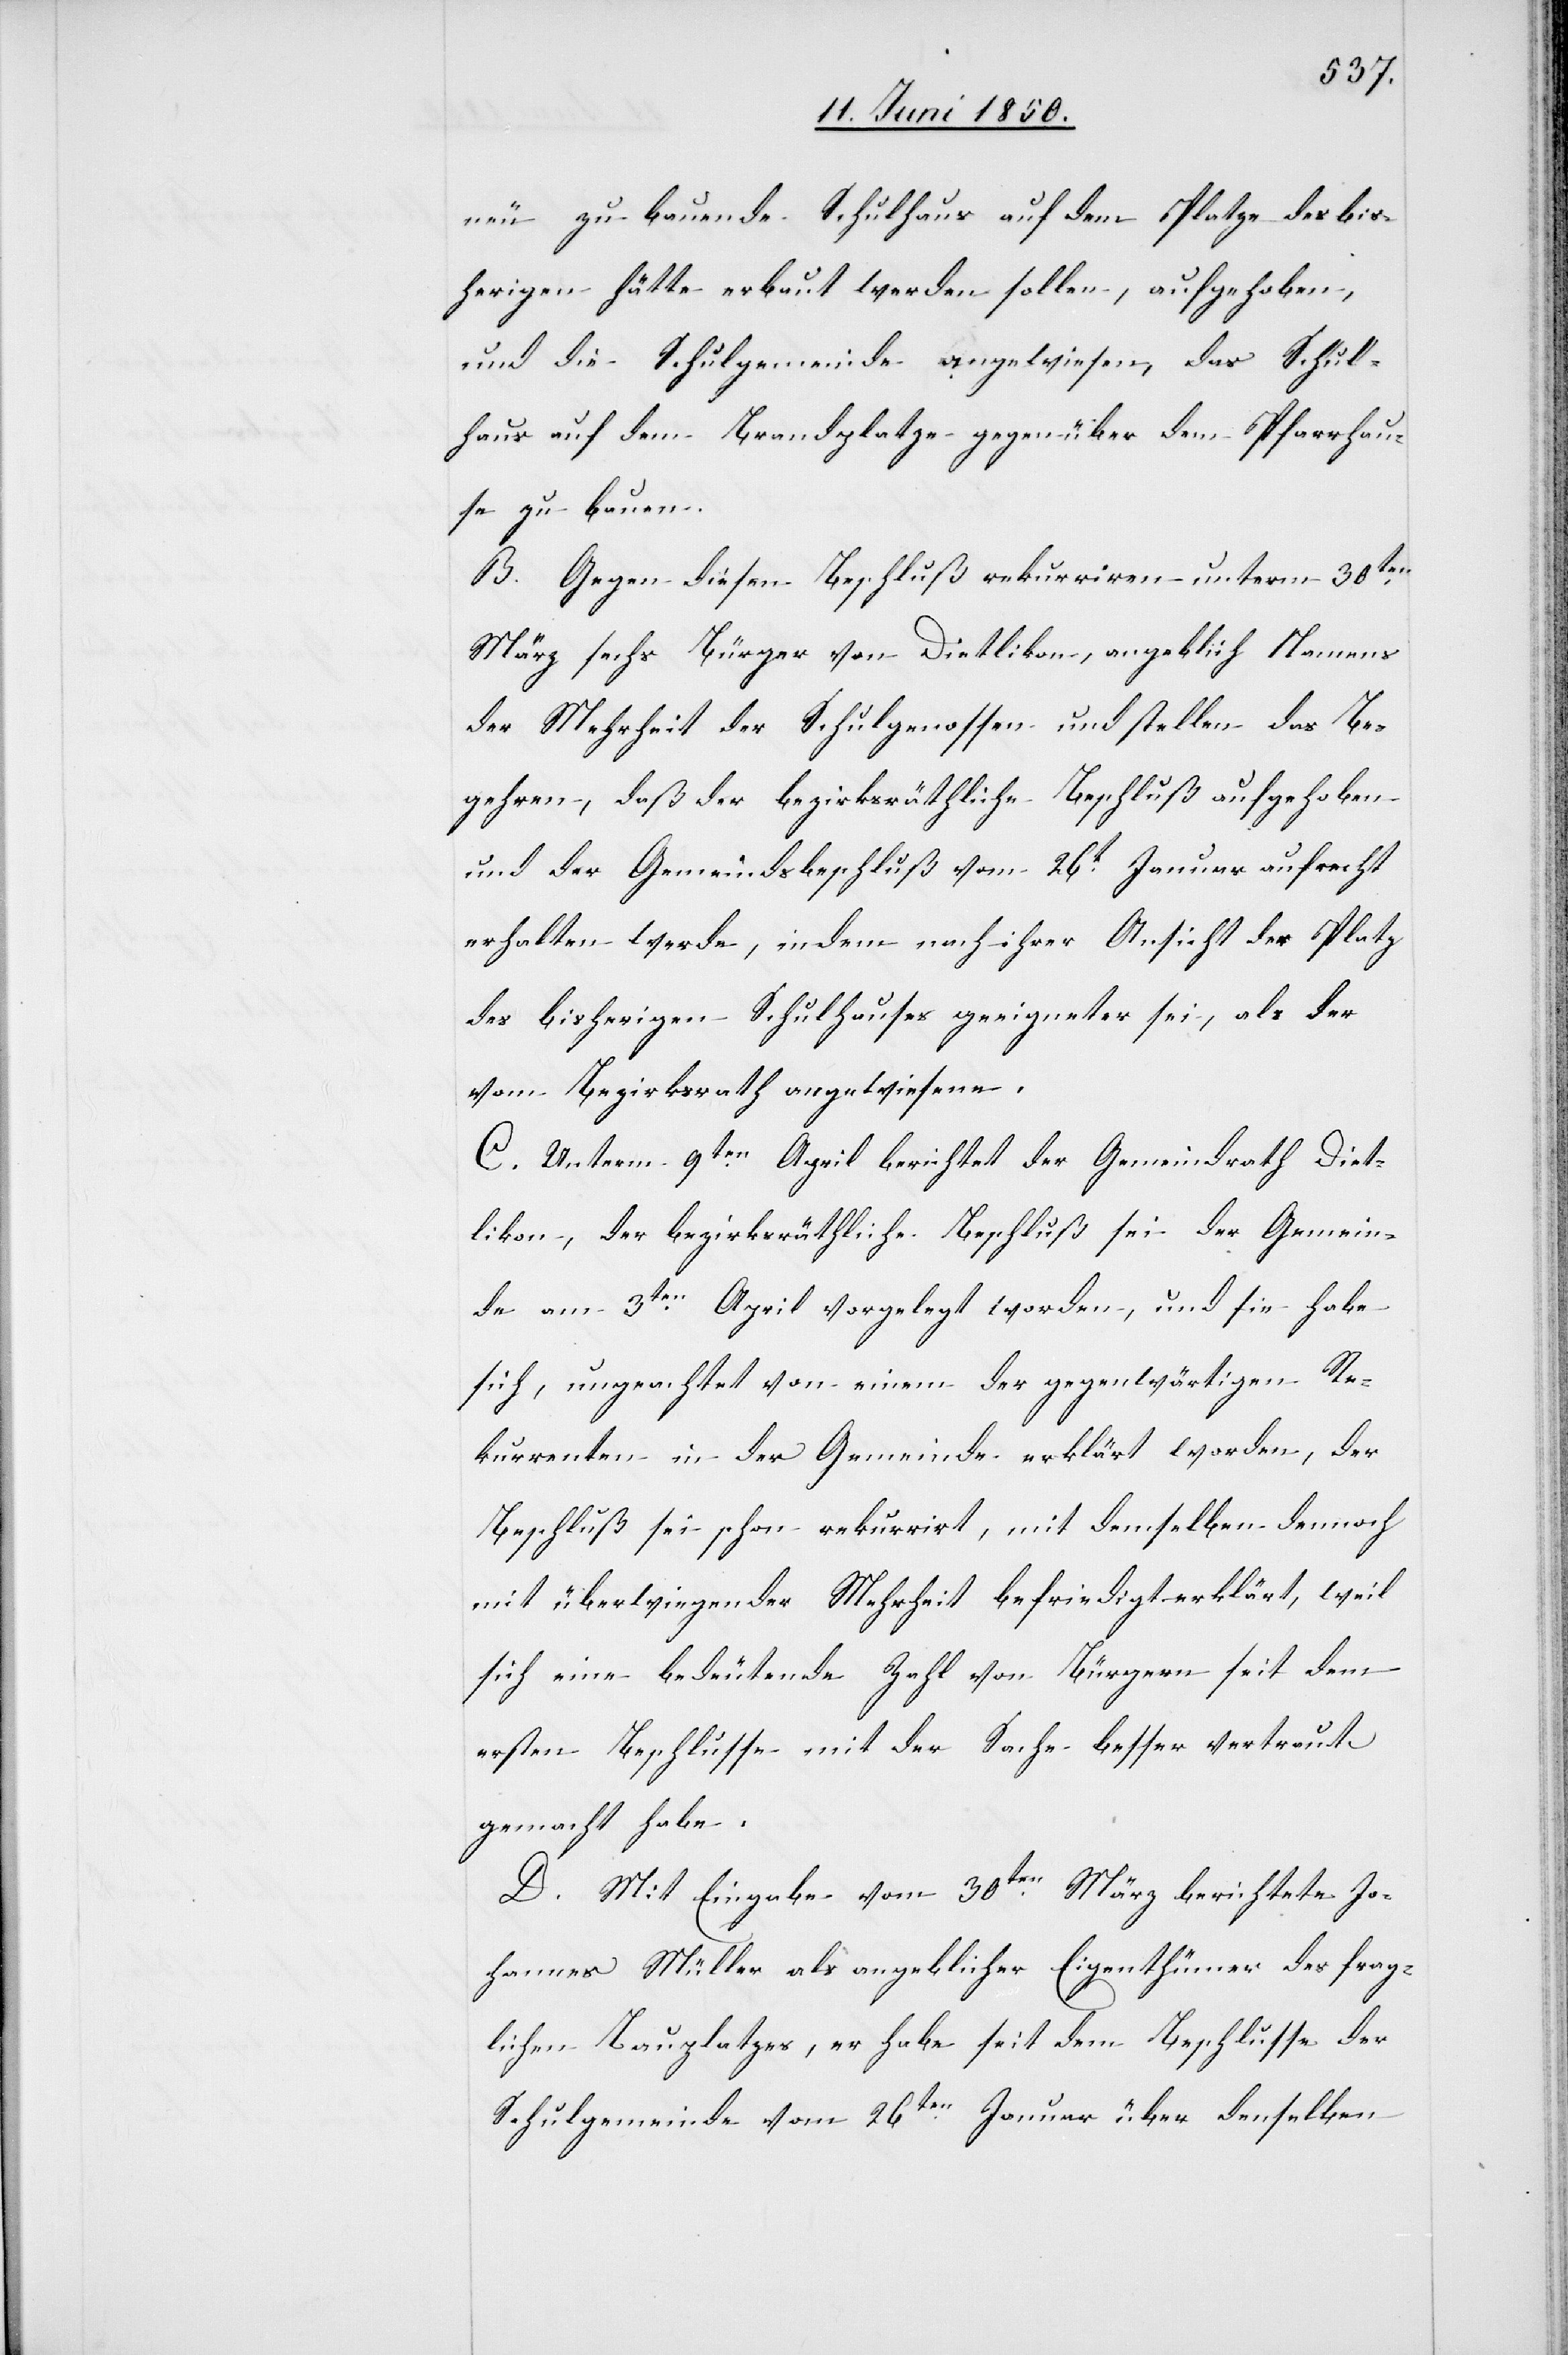
neu zu bauende Schulhaus auf dem Platze des bis¬
herigen hätte erbaut werden sollen, aufgehoben,
und die Schulgemeinde angewiesen, das Schul¬
haus auf dem Brandplatze gegenüber dem Pfarrhau¬
se zu bauen.
B. Gegen diesen Beschluß rekurriren unterm 30ten
März sechs Bürger von Dietlikon, angeblich Namens
der Mehrheit der Schulgenossen und stellen das Be¬
gehren, daß der bezirksräthliche Beschluß aufgehoben
und der Gemeindsbeschluß vom 26t Januar aufrecht
erhalten werde, indem nach ihrer Ansicht der Platz
des bisherigen Schulhauses geeigneter sei, als der
vom Bezirksrath angewiesene.
C. Unterm 9ten April berichtet der Gemeindrath Diet¬
likon, der bezirksräthliche Beschluß sei der Gemein¬
de am 3ten April vorgelegt worden, und sie habe
sich, ungeachtet von einem der gegenwärtigen Re¬
kurrenten in der Gemeinde erklärt worden, der
Beschluß sei schon rekurrirt, mit demselben dennoch
mit überwiegender Mehrheit befriedigt erklärt, weil
sich eine bedeutende Zahl von Bürgern seit dem
ersten Beschlusse mit der Sache besser vertraut
gemacht habe.
D. Mit Eingabe vom 30ten März berichtete Jo¬
hannes Müller als angeblicher Eigenthümer des frag¬
lichen Bauplatzes, er habe seit dem Beschlusse der
Schulgemeinde vom 26ten Januar über denselben